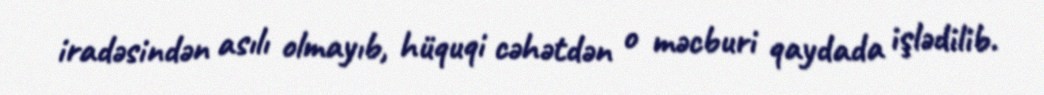
iradəsindən asılı olmayıb, hüquqi cəhətdən o məcburi qaydada işlədilib.